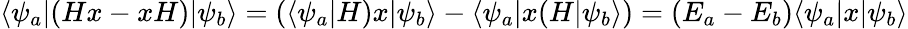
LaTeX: \langle\psi_{a}|(Hx-xH)|\psi_{b}\rangle=(\langle\psi_{a}|H)x|\psi_{b}\rangle-\langle\psi_{a}|x(H|\psi_{b}\rangle)=(E_{a}-E_{b})\langle\psi_{a}|x|\psi_{b}\rangle